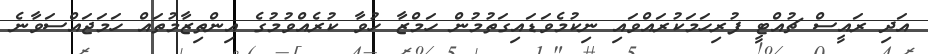
އަދި ރައީސް ޗުއްޓީ ފުރިހަމަކުރައްވައި ނިކުމެވަޑައިގަތުމުން ހަމްޒާ ހުވާ ކުރެއްވުމުގެ އިންތިޒާމުތައް ހަމަޖައްސަވާނެ